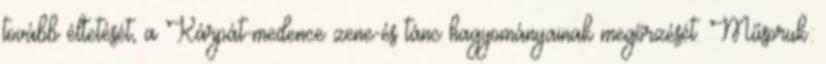
tovább éltetését, a Kárpát-medence zene-és tánc hagyományainak megőrzését. Műsoruk: